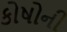
કોષોની